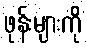
ဖုန်းများကို